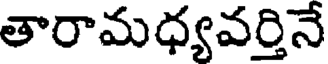
తారామధ్యవర్తినే